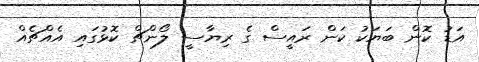
އަޑު ކޮން ބަޔަކު ކަން ރައީސް ގެ ރިޔާސީ ލޯންޗް ކޮޅުގައި އެއްޗެެއް